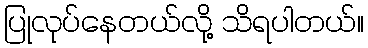
ပြုလုပ်နေတယ်လို့ သိရပါတယ်။